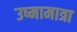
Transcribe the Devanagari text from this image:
उष्मामात्रा